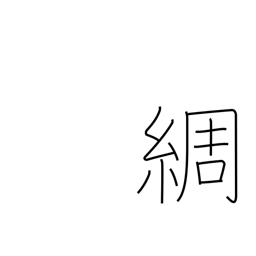
Meaning: detailed